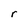
Character: r